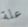
علة